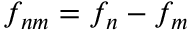
f _ { n m } = f _ { n } - f _ { m }